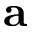
{ \bf a }